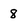
Character: 8